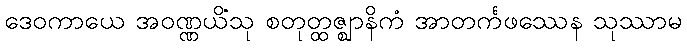
ဒေဝကာယေ အဝဏ္ဏယိံသု စတုတ္ထဇ္ဈာနိကံ အာတင်္ကဖဿေန သုဿာမ